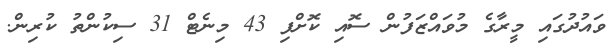
ވައުދުގައި މީރާގެ މުވައްޒަފުން ސޮއި ކޮށްފި 43 މިނެޓް 31 ސިކުންތު ކުރިން.